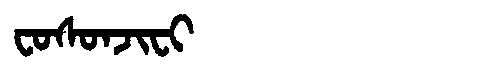
Manchu: ᠸᠣᠰᠣᠨᠵᡳᠸᡳ
Romanization: FOSONJIFI